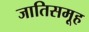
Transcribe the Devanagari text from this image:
जातिसमूह